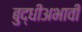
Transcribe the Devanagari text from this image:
बुद्धीअभावी